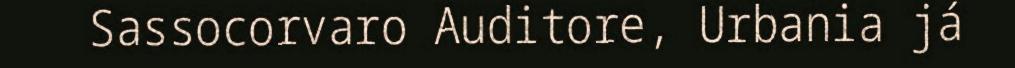
Sassocorvaro Auditore, Urbania já